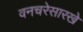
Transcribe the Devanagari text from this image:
वनचरेसारखे